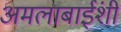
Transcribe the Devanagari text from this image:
अमलाबाईंशी